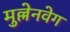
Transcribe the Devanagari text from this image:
मुल्लेनवेग